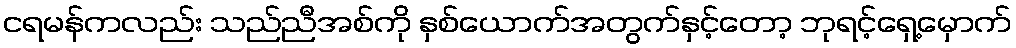
ငရမန်ကလည်း သည်ညီအစ်ကို နှစ်ယောက်အတွက်နှင့်တော့ ဘုရင့်ရှေ့မှောက်